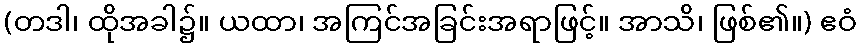
(တဒါ၊ ထိုအခါ၌။ ယထာ၊ အကြင်အခြင်းအရာဖြင့်။ အာသိ၊ ဖြစ်၏။) ဧဝံ